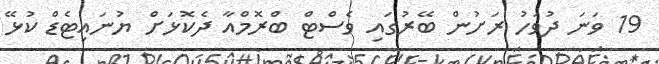
19 ވަނަ ދުވަހު ރަށުން ބޭރުގައި ވެސްޓް ބްރޮމްއާ ދެކޮޅަށް ޔުނައިޓެޑް ކުޅޭ